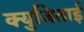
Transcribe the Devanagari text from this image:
क्युजिताई